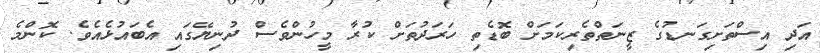
އަދި އިސްތަށިގަނޑުގެ ޒީނަތްތެރިކަމަށް ބޮޑެތި ހަރަދުތަށް ކުރާ މީހުންވެސް ދުނިޔޭގައި އެބައުޅެއެވެ. ކޮންމެ